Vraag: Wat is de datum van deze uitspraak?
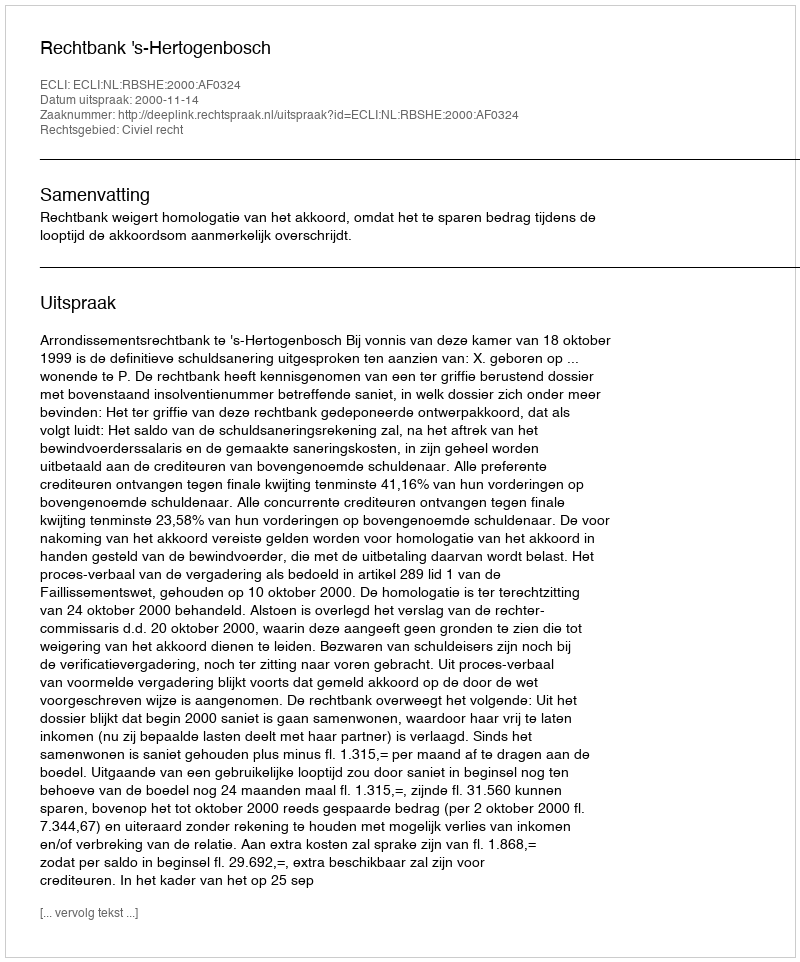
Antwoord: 2000-11-14